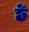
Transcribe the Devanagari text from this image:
छेँ